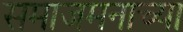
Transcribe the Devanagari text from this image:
समाजमनाच्या